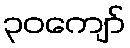
၃၀ကျော်